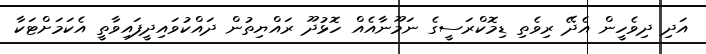
އަދި ދިވެހީން އެދޭ ރިވެތި ޑިމޮކްރަސީގެ ނަމޫނާއެއް ހޮޅުދޫ ރައްޔިތުން ދައްކުވައިދީފައިވާތީ އެކަމަށްޓަކާ